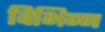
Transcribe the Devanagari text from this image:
विभिन्‍न